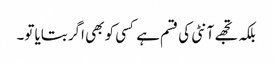
بلکہ تجھے آنٹی کی قسم ہے کسی کو بھی اگر بتایا تو۔